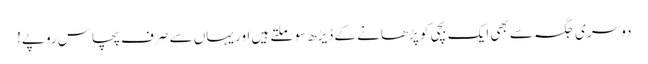
دوسری جگہ سے بھی ایک بچی کو پڑھانے کے ڈیڑھ سو ملتے ہیں اور یہاں سے صرف پچاس روپے!